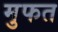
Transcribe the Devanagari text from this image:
मुफत